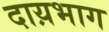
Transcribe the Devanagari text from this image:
दाय़भाग